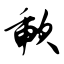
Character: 歃